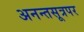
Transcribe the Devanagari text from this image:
अनन्तसूत्रपर